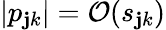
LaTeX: |p_{\mathbf{j}k}|=\mathcal{O}(s_{\mathbf{j}k})